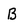
Character: B